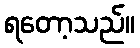
ရတော့သည်။